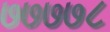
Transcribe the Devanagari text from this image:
७७७७८